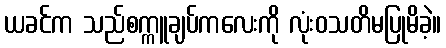
ယခင်က သည်စက္ကူချပ်ကလေးကို လုံးဝသတိမပြုမိခဲ့။